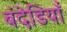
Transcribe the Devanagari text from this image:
बंदेडियाँ